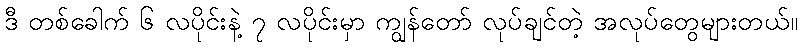
ဒီ တစ်ခေါက် ၆ လပိုင်းနဲ့ ၇ လပိုင်းမှာ ကျွန်တော် လုပ်ချင်တဲ့ အလုပ်တွေများတယ်။